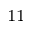
^ { 1 1 }